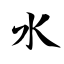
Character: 水